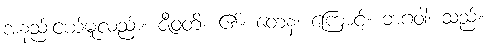
အနည်းငယ်မူလည်း။ ဇီဝတိ၊ ၏။ တေန၊ ကြောင့်။ ဘဂဝါ၊ သည်။